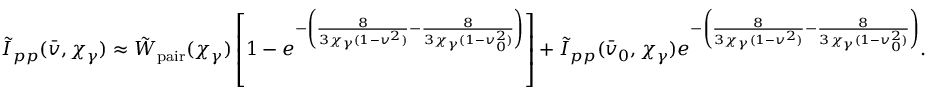
\tilde { I } _ { p p } ( \bar { v } , \chi _ { \gamma } ) \approx \tilde { W } _ { \mathrm { p a i r } } ( \chi _ { \gamma } ) \left[ 1 - e ^ { - \left( \frac { 8 } { 3 \chi _ { \gamma } ( 1 - v ^ { 2 } ) } - \frac { 8 } { 3 \chi _ { \gamma } ( 1 - v _ { 0 } ^ { 2 } ) } \right) } \right] + \tilde { I } _ { p p } ( \bar { v } _ { 0 } , \chi _ { \gamma } ) e ^ { - \left( \frac { 8 } { 3 \chi _ { \gamma } ( 1 - v ^ { 2 } ) } - \frac { 8 } { 3 \chi _ { \gamma } ( 1 - v _ { 0 } ^ { 2 } ) } \right) } .